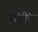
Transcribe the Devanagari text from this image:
संधींचा